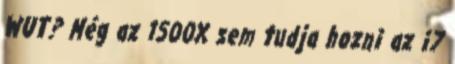
WUT? Még az 1500X sem tudja hozni az i7